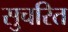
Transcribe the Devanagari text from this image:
सुचरित